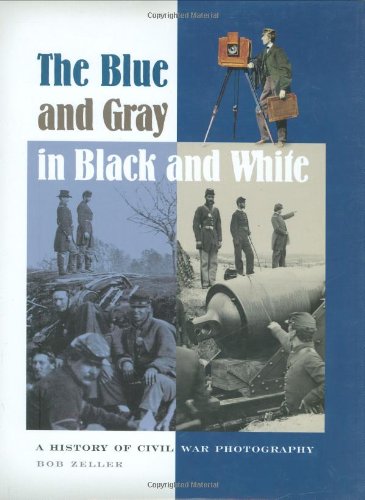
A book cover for The Blue and Gray in Black and White: A History of Civil War Photography; Bob O Zeller; Arts & Photography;